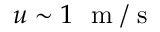
u \sim 1 ~ \textrm { m } / \textrm { s }